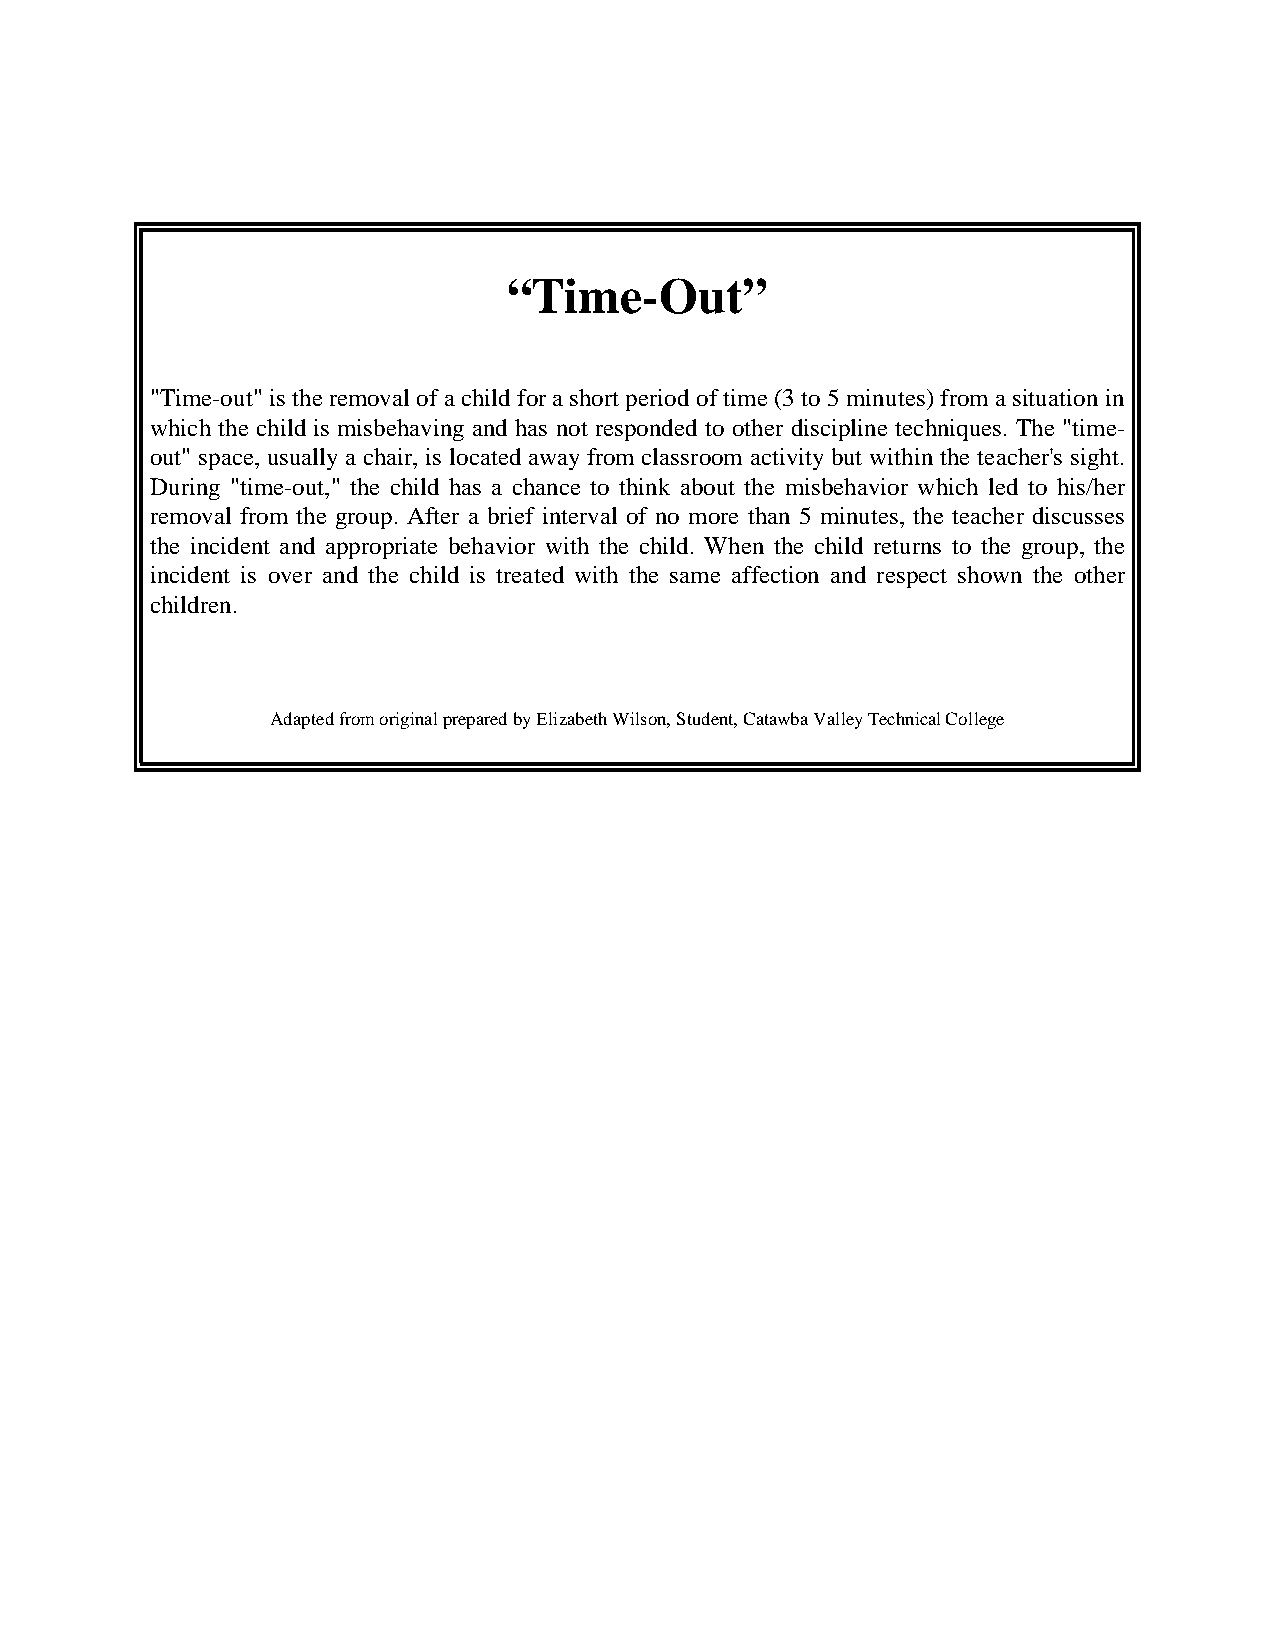
“Time-Out”
 "Time-out" is the removal of a child for a short period of time (3 to 5 minutes) from a situation in
 which the child is misbehaving and has not responded to other discipline techniques. The "time-
 out" space, usually a chair, is located away from classroom activity but within the teacher's sight.
 During "time-out," the child has a chance to think about the misbehavior which led to his/her
 removal from the group. After a brief interval of no more than 5 minutes, the teacher discusses
 the incident and appropriate behavior with the child. When the child returns to the group, the
 incident is over and the child is treated with the same affection and respect shown the other
 children.
 Adapted from original prepared by Elizabeth Wilson, Student, Catawba Valley Technical College